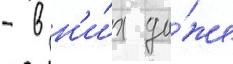
- в н'и́х да́же